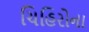
ચિહિરોના